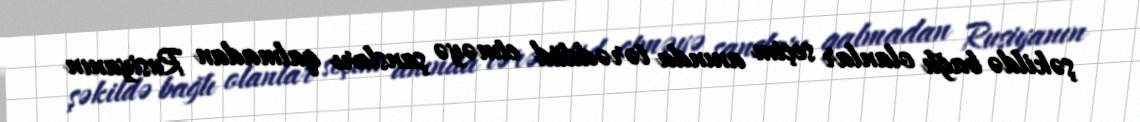
şəkildə bağlı olanlar seçim anında tərəddüd etməyə şansları qalmadan Rusiyanın